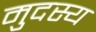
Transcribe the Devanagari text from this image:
मुदस्य